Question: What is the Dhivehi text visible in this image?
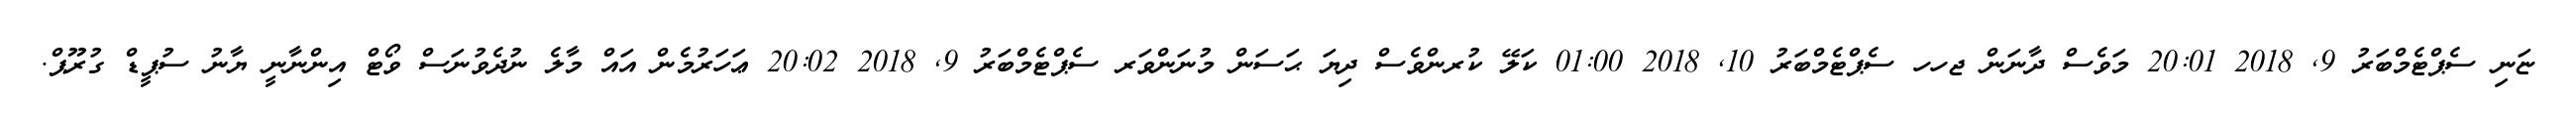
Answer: ޏަނި ސެޕްޓެމްބަރު 9, 2018 20:01 މަވެސް ދާނަން ޖހހ ސެޕްޓެމްބަރު 10, 2018 01:00 ކަލޭ ކުރންވެސް ދިޔަ ޙަސަން މުނަންވަރ ސެޕްޓެމްބަރު 9, 2018 20:02 ޢަހަރުމެން އައް މާލެ ނުދެވުނަސް ވޯޓް އިންނާނީ ޔާނު ސުޕީޑް ގުރޫޕް.